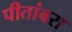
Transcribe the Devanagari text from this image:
पीतांबरा